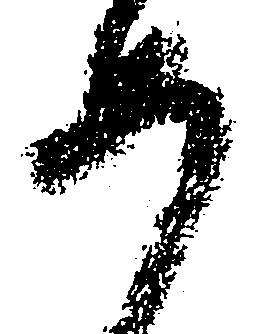
如